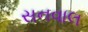
સનવાલ